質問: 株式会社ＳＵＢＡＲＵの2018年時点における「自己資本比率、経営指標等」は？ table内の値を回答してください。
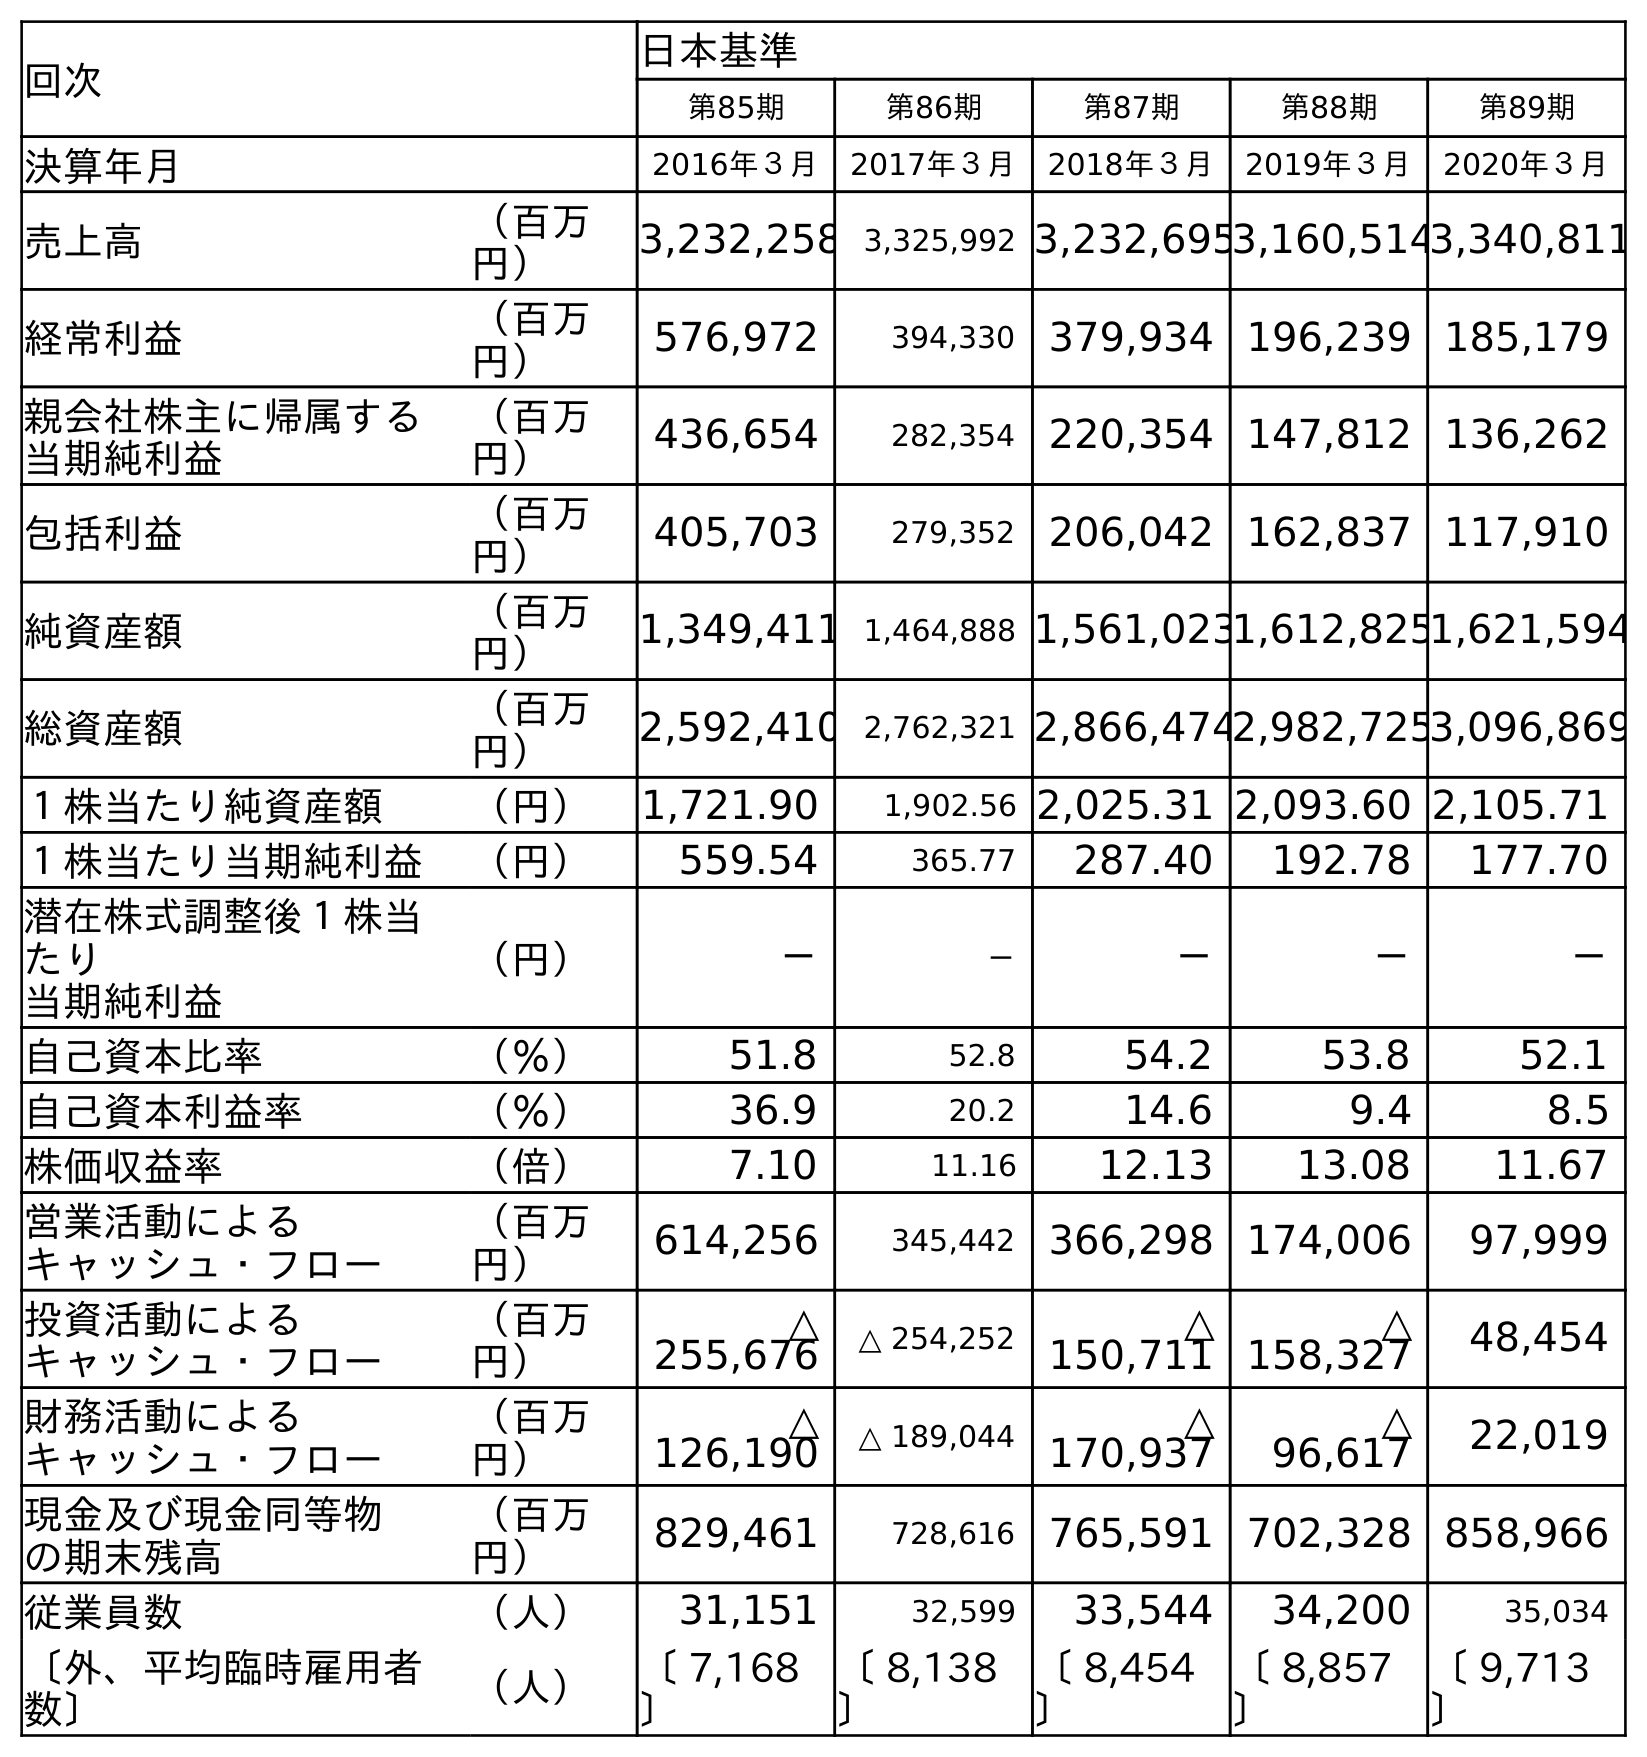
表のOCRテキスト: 回次 日本基準 第85期 第86期 第87期 第88期 第89期 決算年月 2016年３月 2017年３月 2018年３月 2019年３月 2020年３月 売上高 （百万 円） 3,232,258 3,325,992 3,232,6953,160,5143,340,811 経常利益 （百万 円） 576,972 394,330 379,934 196,239 185,179 親会社株主に帰属する 当期純利益 （百万 円） 436,654 282,354 220,354 147,812 136,262 包括利益 （百万 円） 405,703 279,352 206,042 162,837 117,910 純資産額 （百万 円） 1,349,411 1,464,888 1,561,0231,612,8251,621,594 総資産額 （百万 円） 2,592,410 2,762,321 2,866,4742,982,7253,096,869 １株当たり純資産額 （円） 1,721.90 1,902.56 2,025.31 2,093.60 2,105.71 １株当たり当期純利益 （円） 559.54 365.77 287.40 192.78 177.70 潜在株式調整後１株当 たり 当期純利益 （円） － － － － － 自己資本比率 （％） 51.8 52.8 54.2 53.8 52.1 自己資本利益率 （％） 36.9 20.2 14.6 9.4 8.5 株価収益率 （倍） 7.10 11.16 12.13 13.08 11.67 営業活動による キャッシュ・フロー （百万 円） 614,256 345,442 366,298 174,006 97,999 投資活動による キャッシュ・フロー （百万 円） △ 255,676 △ 254,252 △ 150,711 △ 158,327 48,454 財務活動による キャッシュ・フロー （百万 円） △ 126,190 △ 189,044 △ 170,937 △ 96,617 22,019 現金及び現金同等物 の期末残高 （百万 円） 829,461 728,616 765,591 702,328 858,966 従業員数 （人） 31,151 32,599 33,544 34,200 35,034 〔外、平均臨時雇用者 数〕 （人） 〔 7,168 〕 〔 8,138 〕 〔 8,454 〕 〔 8,857 〕 〔 9,713 〕
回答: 54.2